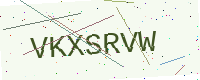
Text: VKXSRVW